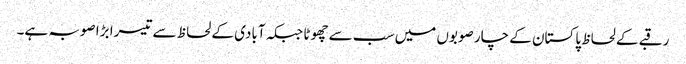
رقبے کے لحاظ پاکستان کے چار صوبوں میں سب سے چھوٹا جبکہ آبادی کے لحاظ سے تیسرا بڑا صوبہ ہے۔